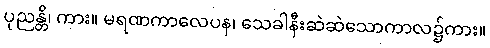
ပုညန္တိ၊ ကား။ မရဏကာလေပန၊ သေခါနီးဆဲဆဲသောကာလ၌ကား။